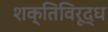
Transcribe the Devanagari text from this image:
शक्तिविरूद्ध